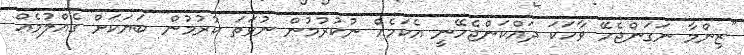
"ޒިންމާ ނަގަންޖެހޭ ވާހަކަ ދައްކަންޖެހޭނީ އެކަމެއް ނުކުރުމުން ނުވަތަ ކުރުމުން ބަޔަކަށް ގެއްލުމެއް